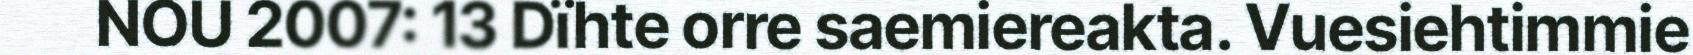
NOU 2007: 13 Dïhte orre saemiereakta. Vuesiehtimmie